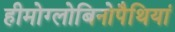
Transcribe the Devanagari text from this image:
हीमोग्लोबिनोपैथियां